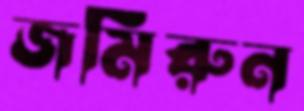
জমিরুন